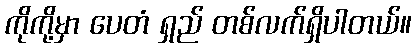
ကိုကို့မှာ ပေတံ ရှည် တစ်လက်ရှိပါတယ်။